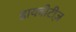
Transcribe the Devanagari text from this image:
डायबीटीज़